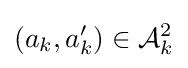
(a_{k},a_{k}')\in {\mathcal {A}}_{k}^{2}